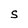
Character: S